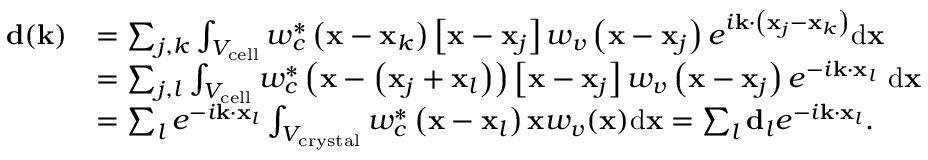
\begin{array} { r l } { \mathbf { d } ( \mathbf { k } ) } & { = \sum _ { j , k } \int _ { V _ { \mathrm { c e l l } } } w _ { c } ^ { * } \left( \mathbf { x } - \mathbf { x } _ { k } \right) \left[ \mathbf { x } - \mathbf { x } _ { j } \right] w _ { v } \left( \mathbf { x } - \mathbf { x } _ { j } \right) e ^ { i \mathbf { k } \cdot \left( \mathbf { x } _ { j } - \mathbf { x } _ { k } \right) } \mathrm { d } \mathbf { x } } \\ & { = \sum _ { j , l } \int _ { V _ { \mathrm { c e l l } } } w _ { c } ^ { * } \left( \mathbf { x } - \left( \mathbf { x } _ { j } + \mathbf { x } _ { l } \right) \right) \left[ \mathbf { x } - \mathbf { x } _ { j } \right] w _ { v } \left( \mathbf { x } - \mathbf { x } _ { j } \right) e ^ { - i \mathbf { k } \cdot \mathbf { x } _ { l } } \mathrm { ~ d } \mathbf { x } } \\ & { = \sum _ { l } e ^ { - i \mathbf { k } \cdot \mathbf { x } _ { l } } \int _ { V _ { \mathrm { c r y s t a l } } } w _ { c } ^ { * } \left( \mathbf { x } - \mathbf { x } _ { l } \right) \mathbf { x } w _ { v } ( \mathbf { x } ) \mathrm { d } \mathbf { x } = \sum _ { l } \mathbf { d } _ { l } e ^ { - i \mathbf { k } \cdot \mathbf { x } _ { l } } . } \end{array}